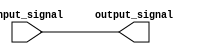
module assign_statement (
    input [3:0] input_signal,
    output reg [3:0] output_signal
);

always @(*) begin
    output_signal = input_signal;
end

endmodule